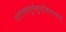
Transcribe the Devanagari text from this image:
ललाममाधुर्यसुधाभिरामकम्